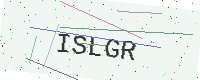
Text: ISLGR